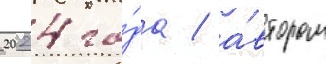
2024 го́да / а́втором